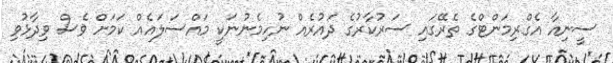
ސީނިއާ އެގްރިމަންޓްގެ ތެރޭގައި ސަރުކާރުގެ ދައުރެއް ނުހިމެނުނަކީ މައްސަލައެއް ކަމަށް ވެސް ވިދާޅުވި